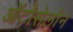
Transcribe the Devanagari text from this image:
ऑटोसेलोन